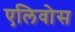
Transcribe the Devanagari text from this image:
एलिवोस